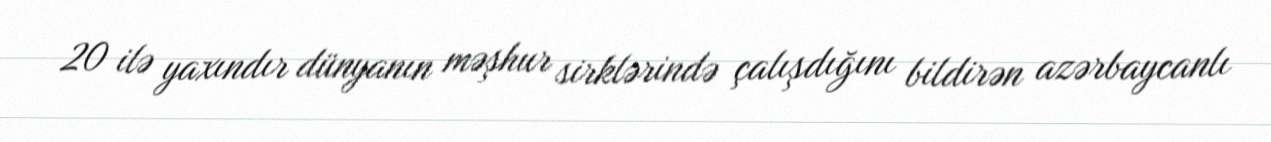
20 ilə yaxındır dünyanın məşhur sirklərində çalışdığını bildirən azərbaycanlı